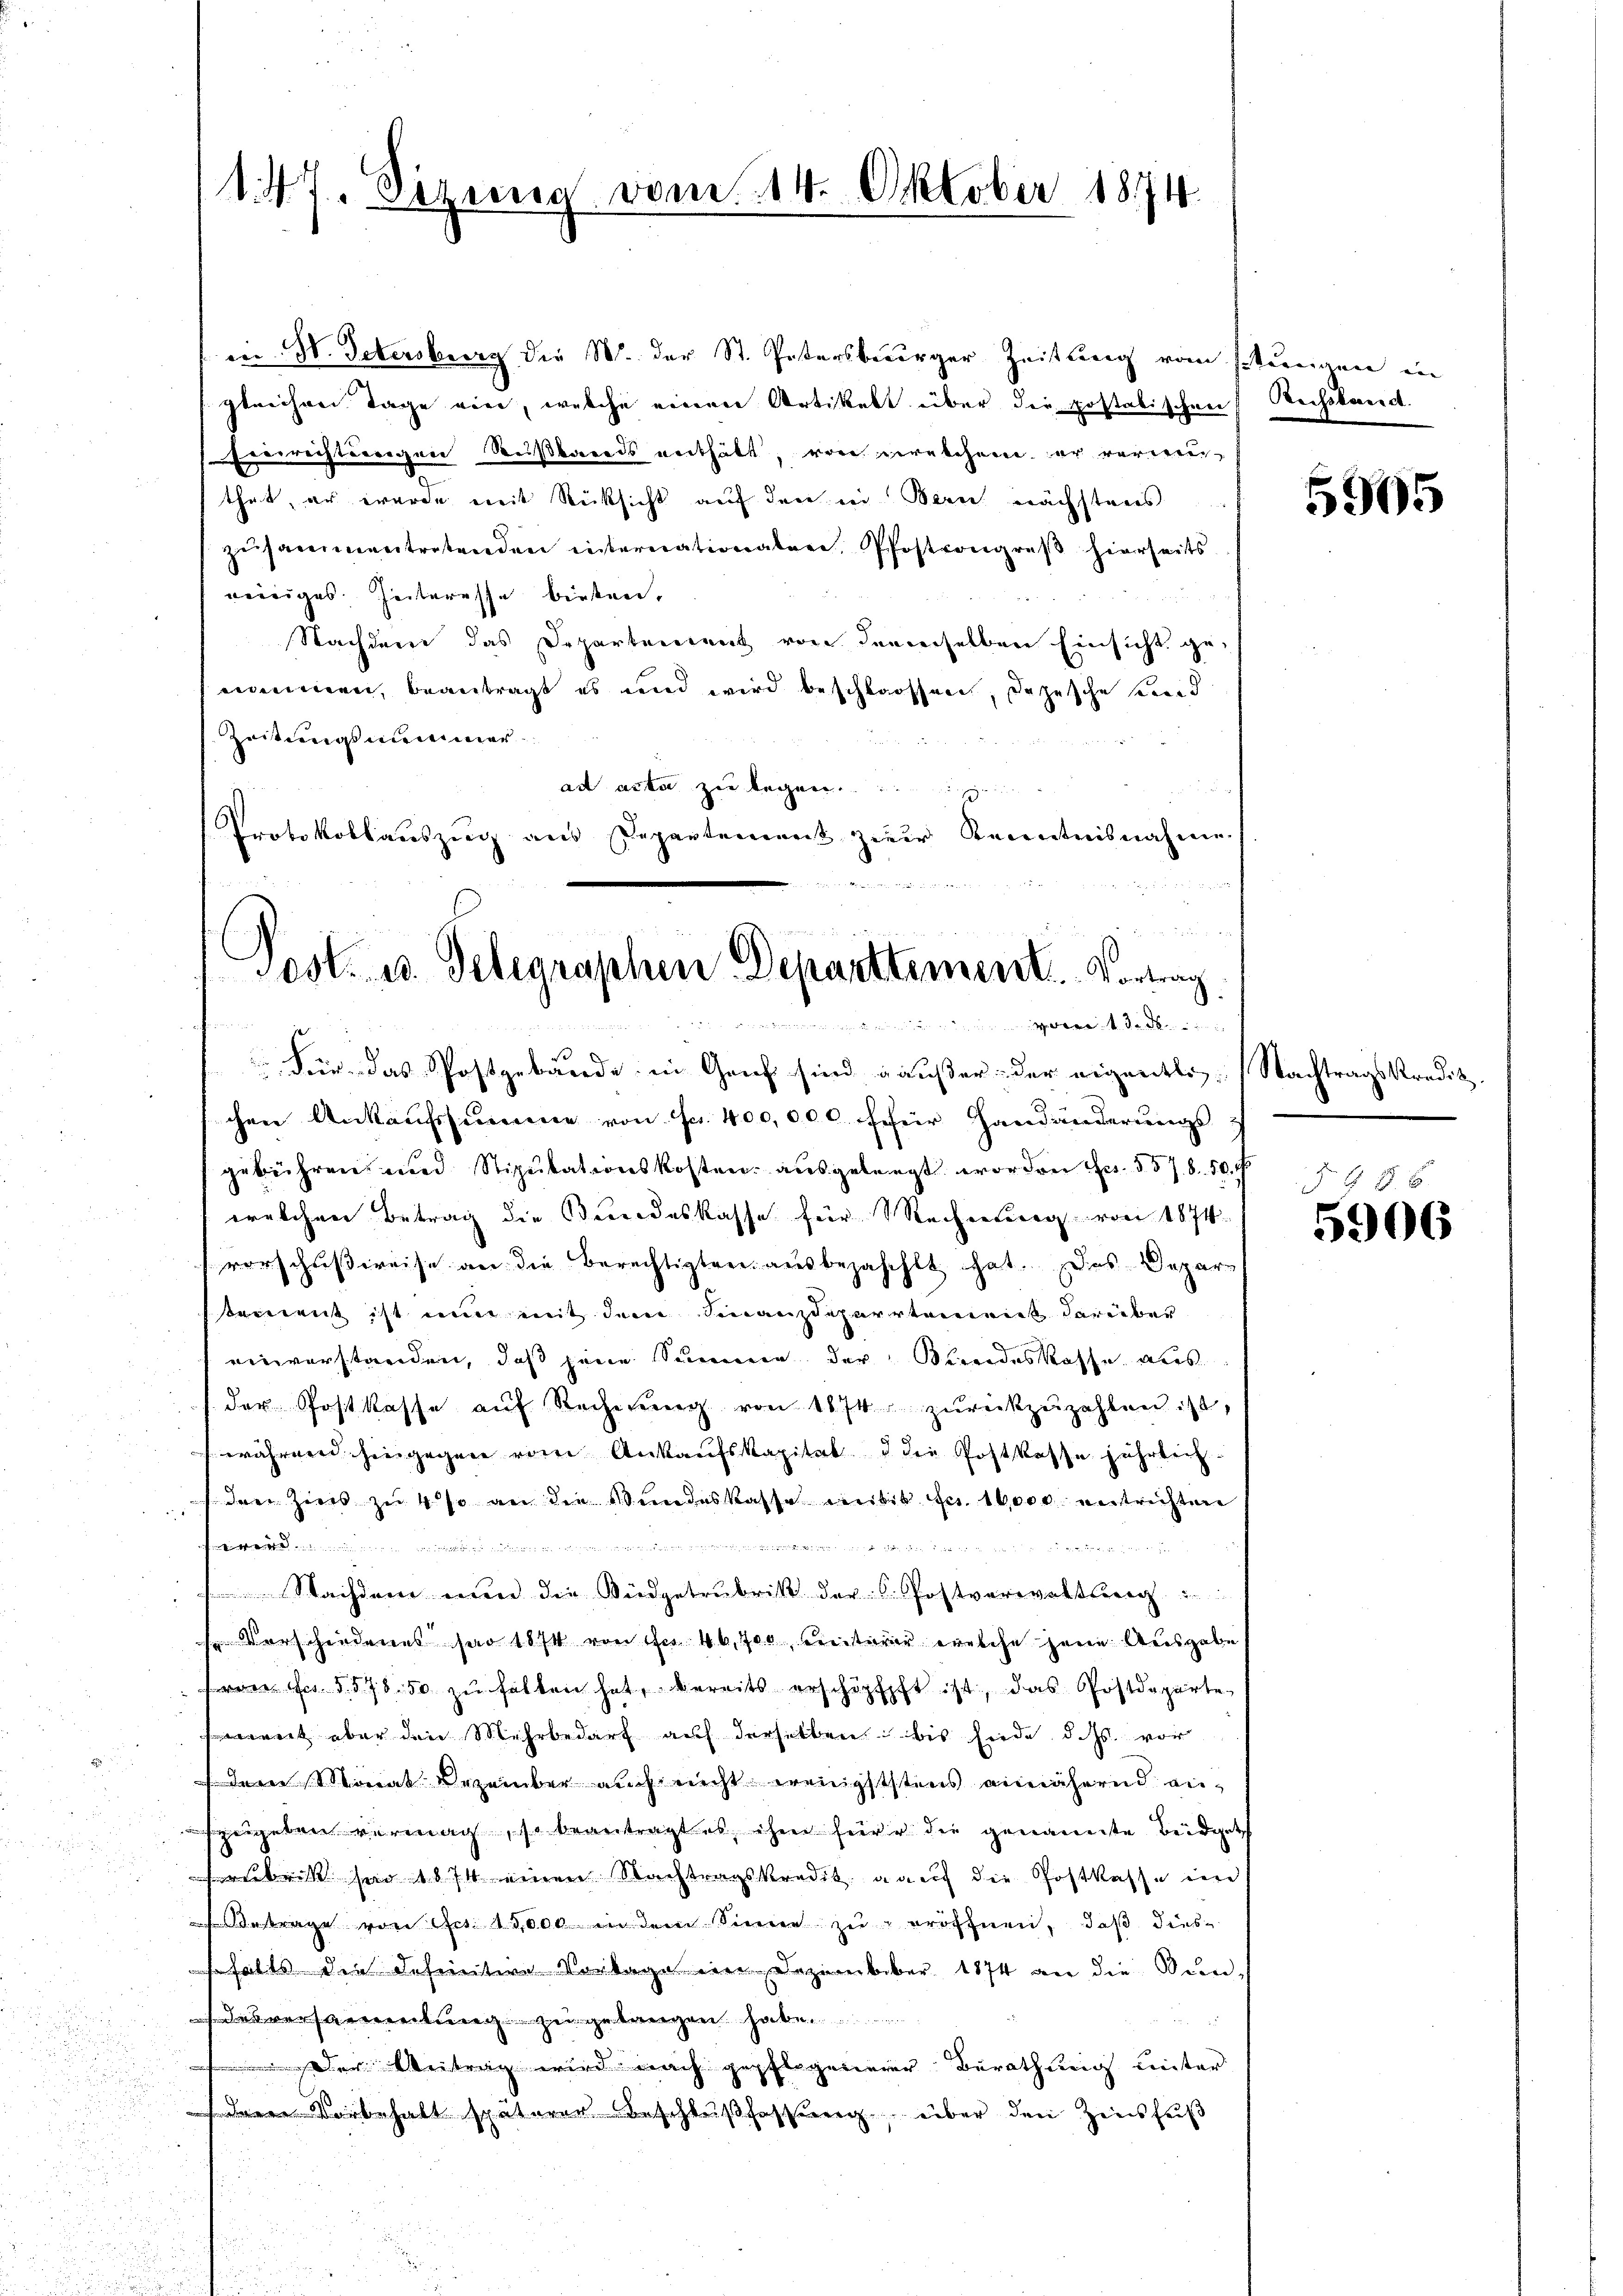
147. Sizung vom 24. Oktober 1874.

Post. u. Gelegraphen Departtement. Vortrag
vomit die

in N. Petersburg die W. der St. Petersberger Zeitung vom stungen in
gleichner Tage vier, welche einen Artikelt über die postatischen Reisslandt.
Errrichtungen Reißbares enthält, von verübchem er verwenthut, er wurde mit Rücksicht auf den in Bern nächstreis
zŭsammentretenden internationalen, Pfostrongreβ hierseits
reiniges Interesse bieten.
Nachdem das Departement von derselben Einsicht genommen, beantragt es und wird beschlossen, dazusche Kind
Zeitungssummer
ad acta zue legen.
de
15
Protokollauszug aus Departement zur Kenntnisnahme
 Für das Postgebäude in Graf sind gäußer der eigentlich Nachtragskredit.
chen Ankaufssumme von Fr. 400,000 für Handänderungs-
gebühren und Stipulationskosten ausgelangt worden Fr. 557. 8. 50.
welchen Betrag die Bundeskasse für Rechnung von 1874
vorschußweise an die Berechtigten ausbezahehlt hat. Das Departement ist nun mit dem Finanzdepartement darüber
einverstanden, daß jene Summe der Bundeskasse aus
der Postkasse aŭf Recherŭng von 1874 zŭrückzuzahlen ist,
während hingegen vom Ankaufskapital d die Postkasse jährlich.
 drei Ziers zu 4 so an die Stundeskasse mit Fr. 10000 entrichten
en
m von
Nachdem ein die Wiedgetrubrik der C. Postverwaltung
s Verschiedenes ser 1874 von Fr. 46, 700, Freiterer erblehe jene Ausgabe
von Fr. 5. 578. 50. zŭ halten hat, bereits erschöpfft ist, das Postdeparte
mont aber den Mehrbedarf auf derselben bis siede d. Js. vor
tern Monat Dezember auch nicht wenigststens annähernd anzegeben vermag, so beantragt es ihm für die genannte Beidget
rubrik sei 1874 einen Nachtragskredit nach die Postkasse im
etrage von des 13,000 in dem Sinne zu eröffnen, daß diesefalls die Definitive Vorlage in Dezember 1874 an die Sien-
desversammlung zugelangen habe
Der Weitrag wird nach gepflogenerer Berathung unter
 Vorbehalt späterer Beschlußfassung über den Zinsfuß

5995

548. 6
5906